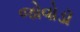
જોવોડૉ